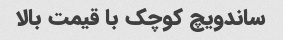
ساندویچ کوچک با قیمت بالا